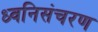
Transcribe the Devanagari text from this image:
ध्वनिसंचरण